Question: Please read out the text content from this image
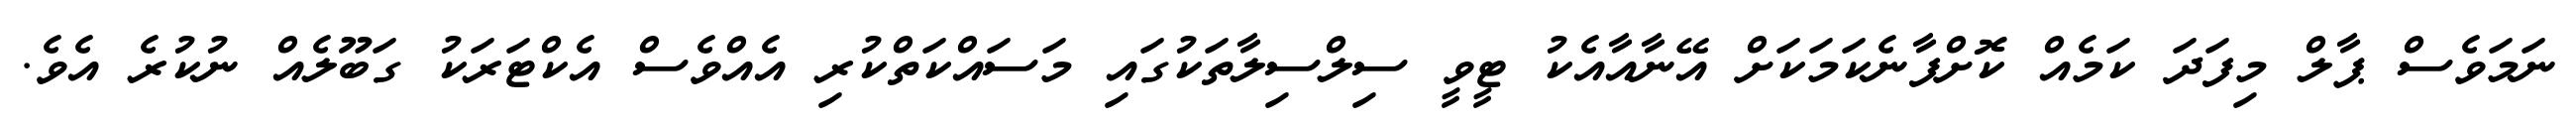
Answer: ނަމަވެސް ޕާލް މިފަދަ ކަމެއް ކޮށްފާނެކަމަކަށް އޭނާއާއެކު ޓީވީ ސިލްސިލާތަކުގައި މަސައްކަތްކުރި އެއްވެސް އެކްޓަރަކު ގަބޫލެއް ނުކުރެ އެވެ.